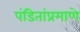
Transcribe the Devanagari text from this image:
पंडितांप्रमाणे